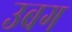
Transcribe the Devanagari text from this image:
उबग